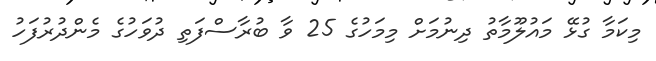
މިކަމާ ގުޅޭ މައުލޫމާތު ދިނުމަށް މިމަހުގެ 25 ވާ ބުރާސްފަތި ދުވަހުގެ މެންދުރުފަހު